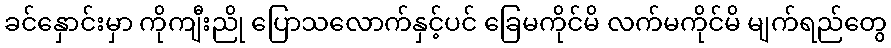
ခင်နှောင်းမှာ ကိုကျီးညို ပြောသလောက်နှင့်ပင် ခြေမကိုင်မိ လက်မကိုင်မိ မျက်ရည်တွေ